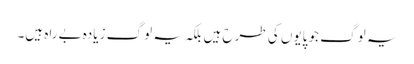
یہ لوگ جو پایوں کی طرح ہیں بلکہ یہ لوگ زیادہ بےراہ ہیں۔